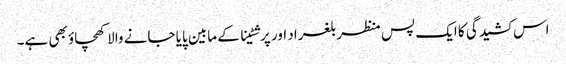
اس کشیدگی کا ایک پس منظر بلغراد اور پرشٹینا کے مابین پایا جانے والا کھچاؤ بھی ہے۔